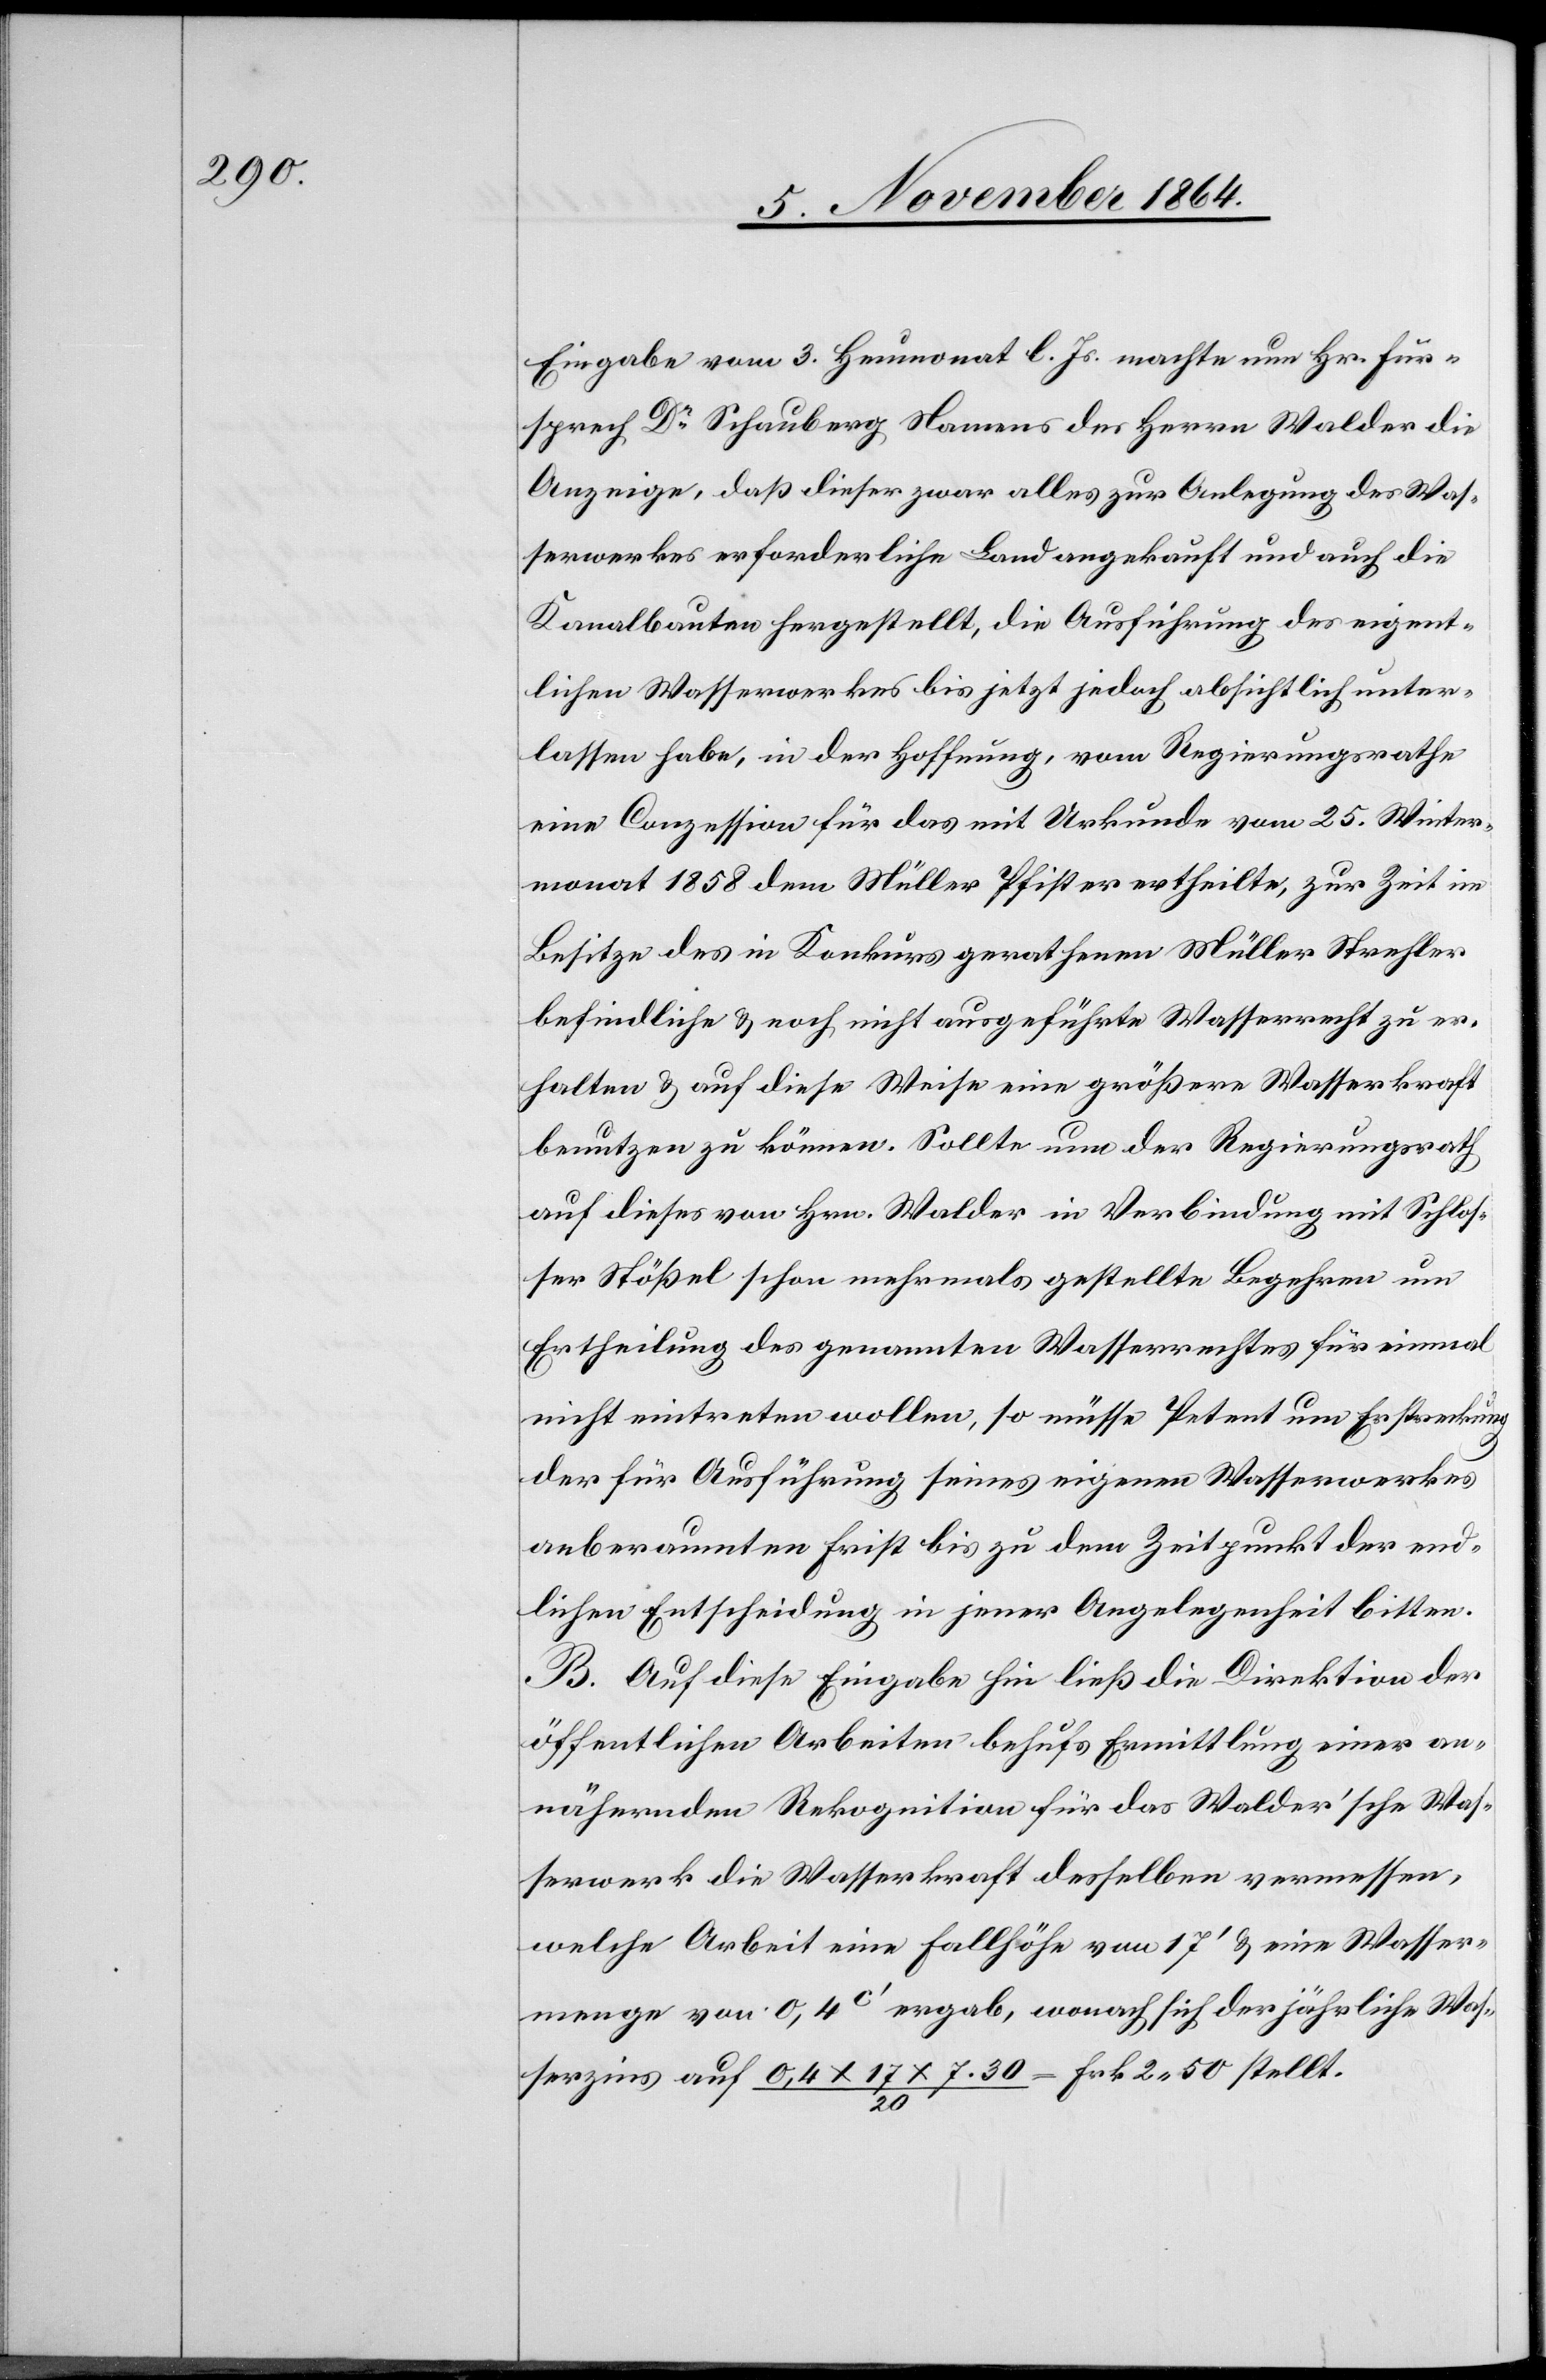
Eingabe vom 3. Heumonat l. Js. machte nun Hr. Für¬
sprech Dr Schauberg Namens der Herren Walder die
Anzeige, daß dieser zwar alles zur Anlegung des Was¬
serwerkes erforderliche Land angekauft und auch die
Kanalbauten hergestellt, die Ausführung des eigent¬
lichen Wasserwerkes bis jetzt jedoch absichtlich unter¬
lassen habe, in der Hoffnung, vom Regierungsrathe
eine Conzession für das mit Urkunde vom 25. Winter¬
monat 1858 dem Müller Pfister ertheilte, zur Zeit im
Besitze des in Konkurs gerathenen Müller Strehler
befindliche & noch nicht ausgeführte Wasserrecht zu er¬
halten & auf diese Weise eine größere Wasserkraft
benutzten zu können. Sollte nun der Regierungsrath
auf dieses von Hrn. Walder in Verbindung mit Schlos¬
ser Stößel schon mehrmals gestellte Begehren um
Ertheilung des ernannten Wasserrechtes für einmal
nicht eintreten wollen, so müsse Petent um Erstreckung
der für Ausführung seines eigenen Wasserwerkes
anberaumten Frist bis zu dem Zeitpunkt der end¬
lichen Entscheidung in jener Angelegenheit bitten.
B. Auf diese Eingabe hin ließ die Direktion der
öffentlichen Arbeiten behufs Ermittlung einer an¬
nähernden Rekognition für das Walder’sche Was¬
serwerk die Wasserkraft desselben vermessen,
welche Arbeit eine Fallhöhe von 17’ & eine Wasser¬
menge von 0,4 c’ ergab, wonach sich der jährliche Was¬
serzins auf 0,4 x 17 x 7.30 / 20 = Frk. 2.50 stellt.